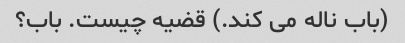
(باب ناله می کند.) قضیه چیست. باب؟